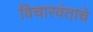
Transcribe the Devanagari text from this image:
विचारवंताचे